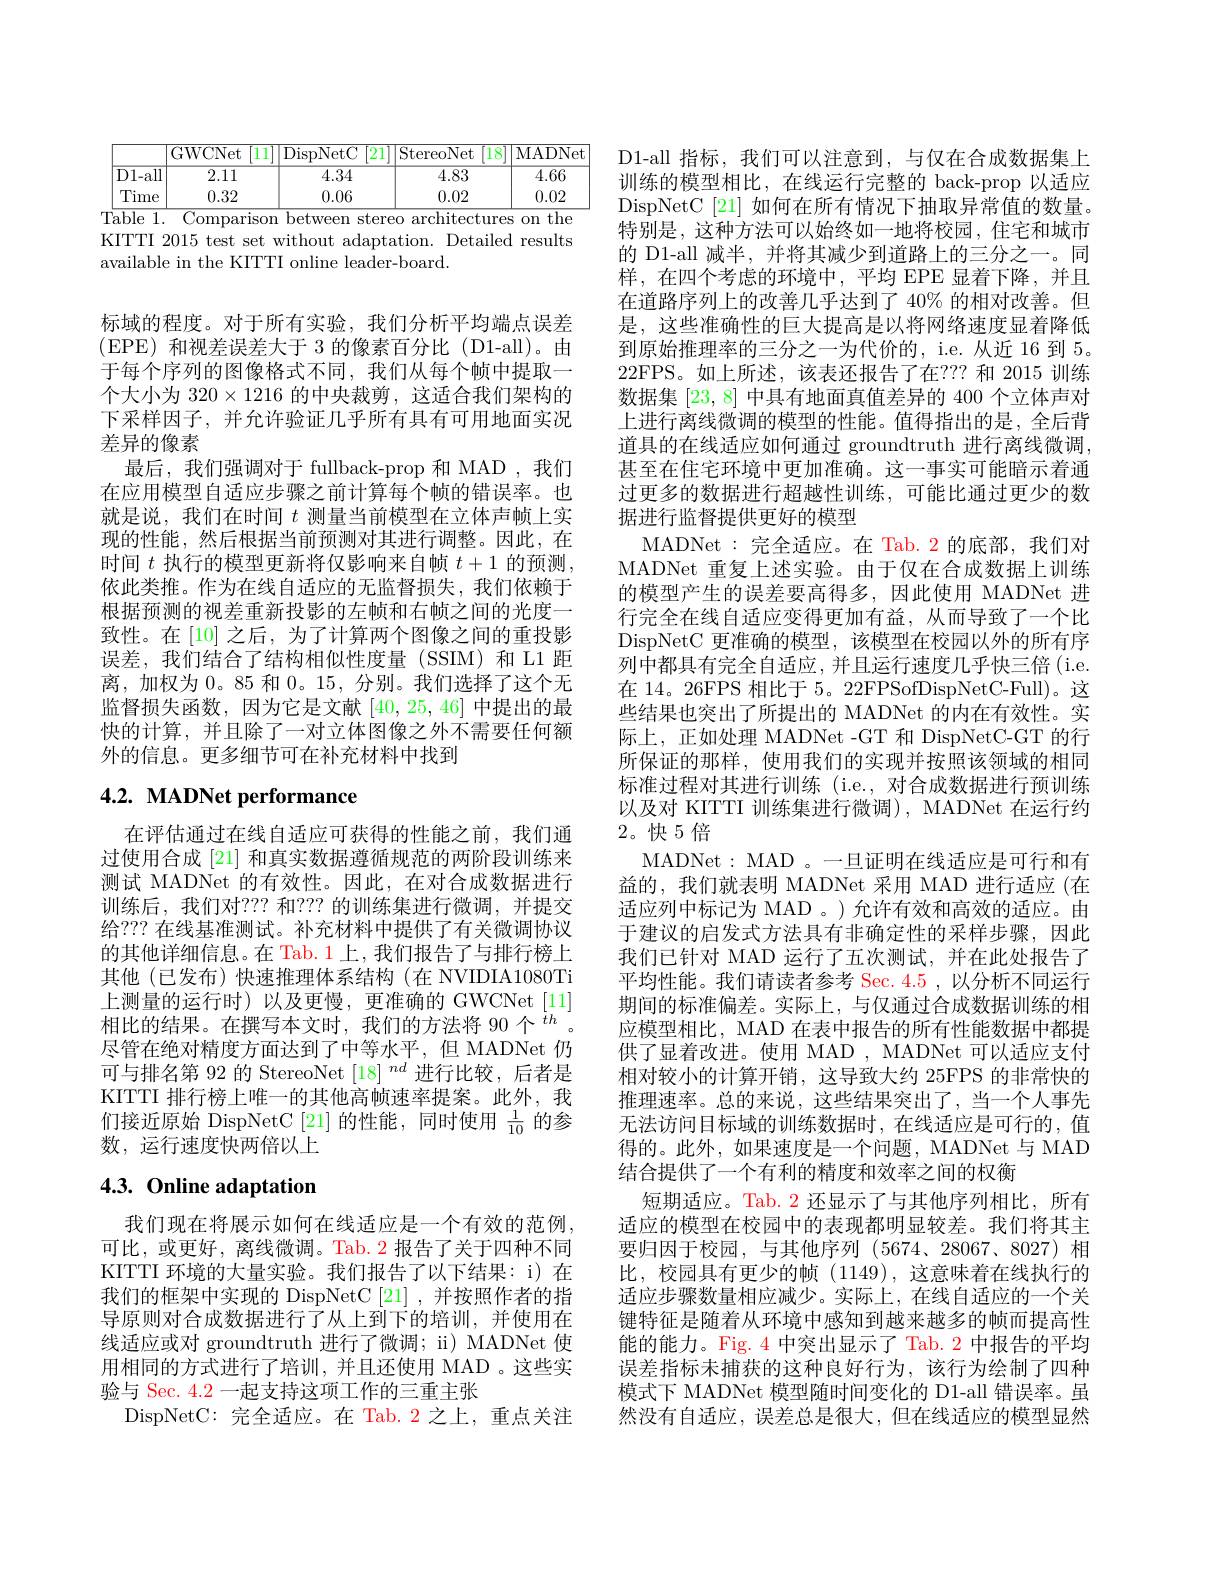
<table>
	<tbody>
		<tr>
			<th> </th>
			<th>GWCNet 1</th>
			<th>DispNetC 21</th>
			<th>StereoNet $18^{\cdot}$</th>
			<th>MADNet</th>
		</tr>
		<tr>
			<td>$\overline{\mathrm{D1-all}}$</td>
			<td>2.11</td>
			<td>4.34</td>
			<td>4.83</td>
			<td>4.66</td>
		</tr>
		<tr>
			<td>Time</td>
			<td>0.32</td>
			<td>0.06</td>
			<td>0.02</td>
			<td>0.02</td>
		</tr>
	</tbody>
</table>
Table 1. Comparison between stereo architectures on the

KITTI 2015 test set without adaptation. Detailed results
available in the KITTI online leader-board.

标域的程度。对于所有实验，我们分析平均端点误差(EPE)和视差误差大于 3 的像素百分比(D1-all)。由于每个序列的图像格式不同，我们从每个帧中提取一个大小为 320$\times1216$的中央裁剪，这适合我们架构的下采样因子，并允许验证几乎所有具有可用地面实况差异的像素
最后，我们强调对于 fullback-prop 和 MAD ,我们在应用模型自适应步骤之前计算每个帧的错误率。也就是说，我们在时间$t$测量当前模型在立体声帧上实现的性能，然后根据当前预测对其进行调整。因此，在时间$t$执行的模型更新将仅影响来自帧$t+1$的预测， 依此类推。作为在线自适应的无监督损失，我们依赖于根据预测的视差重新投影的左帧和右帧之间的光度一致性。在 [10] 之后，为了计算两个图像之间的重投影误差，我们结合了结构相似性度量(SSIM)和L1距离，加权为 0。85 和0。15,分别。我们选择了这个无监督损失函数，因为它是文献[40,25,46]中提出的最快的计算，并且除了一对立体图像之外不需要任何额外的信息。更多细节可在补充材料中找到

# 4.2. MADNet performance

在评估通过在线自适应可获得的性能之前，我们通过使用合成 [21] 和真实数据遵循规范的两阶段训练来测试 MADNet 的有效性。因此，在对合成数据进行训练后，我们对？?? 和？? 的训练集进行微调，并提交给？?? 在线基准测试。补充材料中提供了有关微调协议的其他详细信息。在 Tab.1 上，我们报告了与排行榜上其他(已发布)快速推理体系结构(在 NVIDIA1080Ti 上测量的运行时)以及更慢，更准确的 GWCNet[11] 相比的结果。在撰写本文时，我们的方法将 90个$^{th}$ 尽管在绝对精度方面达到了中等水平，但 MADNet 仍可与排名第 92 的 StereoNet [18] $^{nd}$进行比较，后者是KITTI 排行榜上唯一的其他高帧速率提案。此外，我们接近原始 DispNetC [21]的性能，同时使用$\frac1{10}$的参数，运行速度快两倍以上

# 4.3. Online adaptation

我们现在将展示如何在线适应是一个有效的范例， 可比，或更好，离线微调。Tab.2 报告了关于四种不同KITTI 环境的大量实验。我们报告了以下结果：i) 在我们的框架中实现的 DispNetC[21] ,并按照作者的指导原则对合成数据进行了从上到下的培训，并使用在线适应或对 groundtruth 进行了微调；ii) MADNet 使用相同的方式进行了培训，并且还使用 MAD 。这些实验与 Sec. 4.2一起支持这项工作的三重主张
DispNetC:完全适应。在 Tab. 2 之上，重点关注

D1-all 指标，我们可以注意到，与仅在合成数据集上训练的模型相比，在线运行完整的 back-prop 以适应DispNetC [21] 如何在所有情况下抽取异常值的数量。特别是，这种方法可以始终如一地将校园，住宅和城市的 D1-all 减半，并将其减少到道路上的三分之一。同样，在四个考虑的环境中，平均 EPE 显着下降，并且在道路序列上的改善几乎达到了 40% 的相对改善。但是，这些准确性的巨大提高是以将网络速度显着降低到原始推理率的三分之一为代价的，i.e. 从近 16 到 5。22FPS。如上所述，该表还报告了在？??和 2015 训练数据集[23,8]中具有地面真值差异的 400 个立体声对上进行离线微调的模型的性能。值得指出的是，全后背道具的在线适应如何通过 groundtruth 进行离线微调， 甚至在住宅环境中更加准确。这一事实可能暗示着通过更多的数据进行超越性训练，可能比通过更少的数据进行监督提供更好的模型
MADNet:完全适应。在 Tab. 2 的底部，我们对MADNet 重复上述实验。由于仅在合成数据上训练的模型产生的误差要高得多，因此使用 MADNet 进行完全在线自适应变得更加有益，从而导致了一个比DispNetC 更准确的模型，该模型在校园以外的所有序列中都具有完全自适应，并且运行速度几乎快三倍(i.e. 在 14。26FPS 相比于 5。22FPSofDispNetC-Full)。这些结果也突出了所提出的 MADNet 的内在有效性。实际上，正如处理 MADNet -GT 和 DispNetC-GT 的行所保证的那样，使用我们的实现并按照该领域的相同标准过程对其进行训练 (i.e., 对合成数据进行预训练以及对 KITTI 训练集进行微调), MADNet 在运行约$2。快5$倍
MADNet: MAD 。一旦证明在线适应是可行和有益的，我们就表明 MADNet 采用 MAD 进行适应 (在适应列中标记为 MAD 。) 允许有效和高效的适应。由于建议的启发式方法具有非确定性的采样步骤，因此我们已针对 MAD 运行了五次测试，并在此处报告了平均性能。我们请读者参考Sec. 4. 5 , 以 分 析 不 同 运 行 期间的标准偏差。实际上，与仅通过合成数据训练的相应模型相比，MAD 在表中报告的所有性能数据中都提供了显着改进。使用 MAD , MADNet 可以适应支付相对较小的计算开销，这导致大约 25FPS 的非常快的推理速率。总的来说，这些结果突出了，当一个人事先无法访问目标域的训练数据时，在线适应是可行的，值得的。此外，如果速度是一个问题，MADNet 与 MAD 结合提供了一个有利的精度和效率之间的权衡
短期适应。Tab. 2 还显示了与其他序列相比，所有适应的模型在校园中的表现都明显较差。我们将其主要归因于校园，与其他序列(5674、28067、8027)相比，校园具有更少的帧(1149),这意味着在线执行的适应步骤数量相应减少。实际上，在线自适应的一个关键特征是随着从环境中感知到越来越多的帧而提高性能的能力。Fig. 4 中突出显示了 Tab. 2 中报告的平均误差指标未捕获的这种良好行为，该行为绘制了四种模式下 MADNet 模型随时间变化的 D1-all 错误率。虽然没有自适应，误差总是很大，但在线适应的模型显然